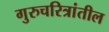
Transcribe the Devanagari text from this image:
गुरुचरित्रांतील